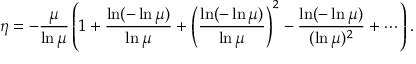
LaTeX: \protect \eta = - { \frac { \mu } { \ln \mu } } \left( 1 + { \frac { \ln ( - \ln \mu ) } { \ln \mu } } + \left( { \frac { \ln ( - \ln \mu ) } { \ln \mu } } \right) ^ { 2 } - { \frac { \ln ( - \ln \mu ) } { ( \ln \mu ) ^ { 2 } } } + \cdots \right) .